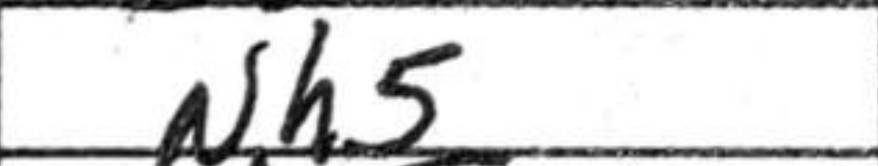
Transcription: Nh5